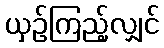
ယှဉ်ကြည့်လျှင်